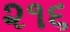
૨૧૬